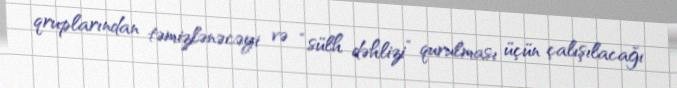
qruplarından təmizlənəcəyi və “sülh dəhlizi” qurulması üçün çalışılacağı